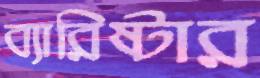
ব্যারিষ্টার